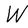
Character: W